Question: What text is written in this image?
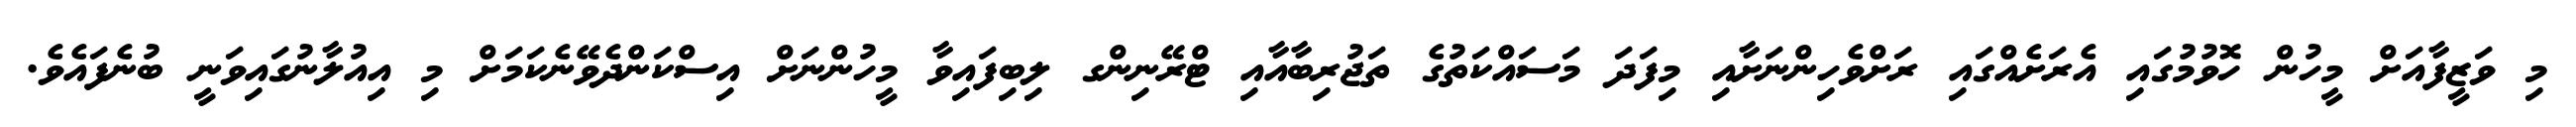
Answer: މި ވަޒީފާއަށް މީހުން ހޮވުމުގައި އެރަށެއްގައި ރަށްވެހިންނަށާއި މިފަދަ މަސައްކަތުގެ ތަޖުރިބާއާއި ޓްރޭނިންގ ލިބިފައިވާ މީހުންނަށް އިސްކަންދެވޭނެކަމަށް މި އިއުލާނުގައިވަނީ ބުނެފައެވެ.